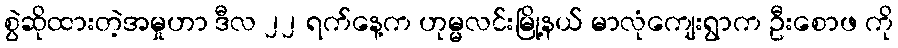
စွဲဆိုထားတဲ့အမှုဟာ ဒီလ ၂၂ ရက်နေ့က ဟုမ္မလင်းမြို့နယ် မာလုံကျေးရွာက ဦးစောဖ ကို